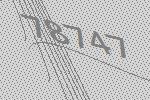
78747